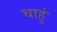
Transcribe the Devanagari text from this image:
चाहुं